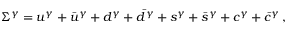
\Sigma ^ { \gamma } = u ^ { \gamma } + \bar { u } ^ { \gamma } + d ^ { \gamma } + \bar { d } ^ { \gamma } + s ^ { \gamma } + \bar { s } ^ { \gamma } + c ^ { \gamma } + \bar { c } ^ { \gamma } \, ,